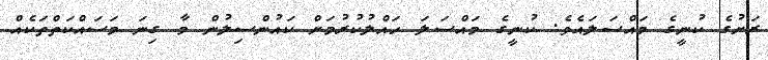
ރަށުގެ ކުނީގެ މައްސަލައެވެ. ކުނީގެ މައްސަލަ ހައްލުކުރުމަށް ކައުންސިލުން މާ ގިނަ މަސައްކަތްތަކެއް